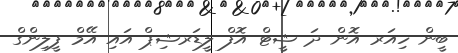
ބީން ހިއަރ އޮން ދަ ޝީޓް އޮފް ލީޑަރޝިޕް އައި އޭމް ފީލިންގް